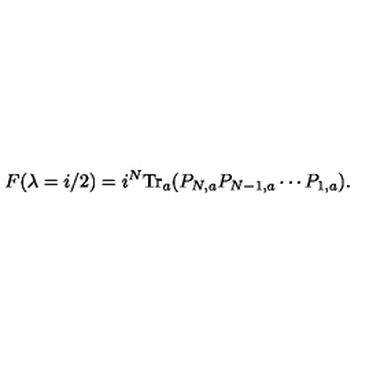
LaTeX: F ( \lambda = i / 2 ) = i ^ { N } \mathrm { T r } _ { a } ( P _ { N , a } P _ { N - 1 , a } \cdots P _ { 1 , a } ) .